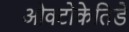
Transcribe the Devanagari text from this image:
ओक्टोकेतिडे